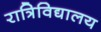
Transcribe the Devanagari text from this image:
रात्रिविद्यालय